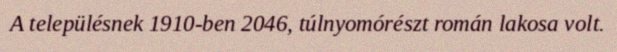
A településnek 1910-ben 2046, túlnyomórészt román lakosa volt.